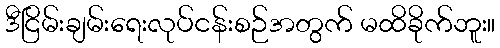
ဒီငြိမ်းချမ်းရေးလုပ်ငန်းစဉ်အတွက် မထိခိုက်ဘူး။